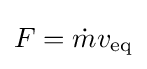
F={\dot {m}}v_{\text{eq}}